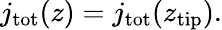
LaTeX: j_{\mathrm{tot}}(z)=j_{\mathrm{tot}}(z_{\mathrm{tip}}).